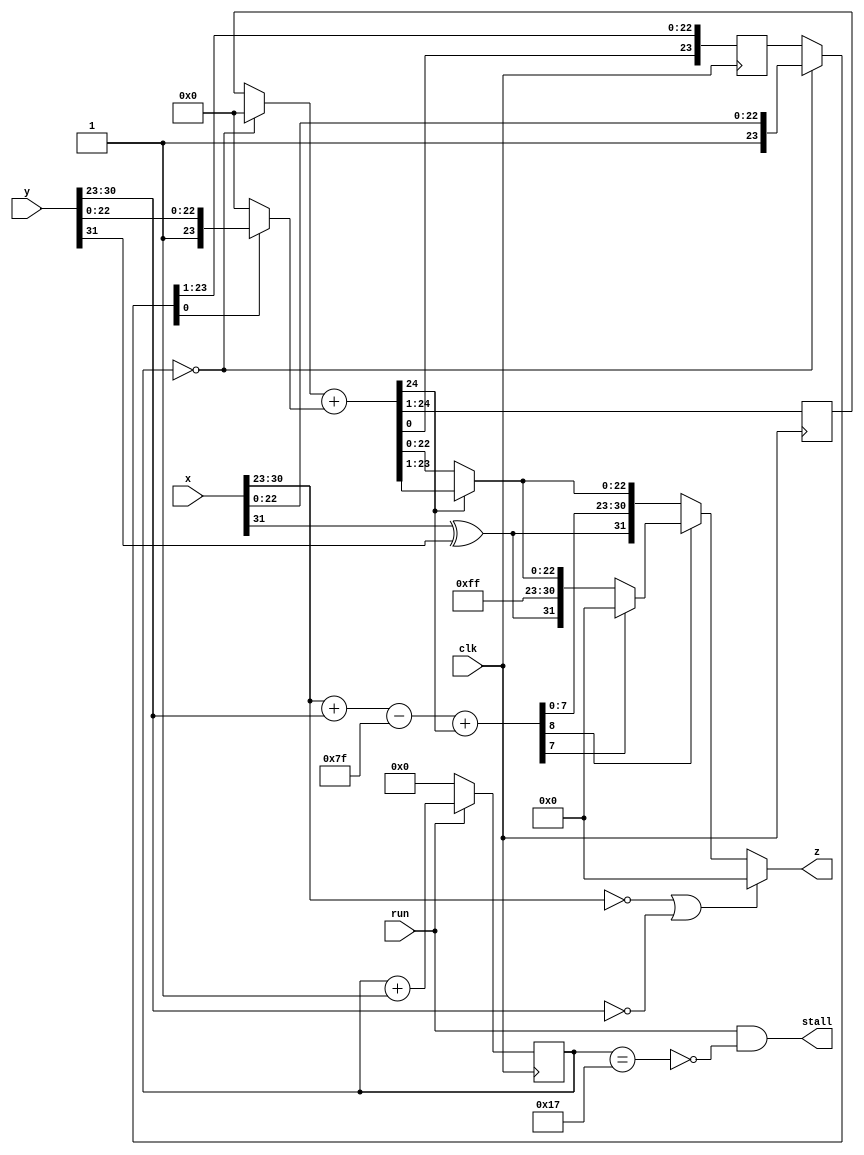
`timescale 1ns / 1ps  // NW 27.2.2011  floating-point for RISC2
module FPMultiplier(
  input clk, run,
  input [31:0] x, y,
  output stall,
  output [31:0] z);

reg [4:0] S;  // state
reg [23:0] B2, A2;

wire sign;
wire [7:0] xe, ye;
wire [8:0] e0, e1;
wire [24:0] B0;
wire [23:0] B00, B01, B1, A1, A0;
wire [23:0] z0;

assign sign = x[31] ^ y[31];
assign xe = x[30:23];
assign ye = y[30:23];
assign e0 = xe + ye;

assign B00 = (S == 0) ? 0 : B2;
assign B01 = A0[0] ? {1'b1, y[22:0]} : 0;
assign B0 = B00 + B01;
assign B1 = B0[24:1];
assign A0 = (S == 0) ? {1'b1, x[22:0]} : A2;
assign A1 = {B0[0], A0[23:1]};

assign e1 = e0 - 127 + B1[23];
assign z0 = B1[23] ? B1 : {B1[22:0], A1[23]};
assign z = (xe == 0) | (ye == 0) ? 0 :
    (~e1[8]) ? {sign, e1[7:0], z0[22:0]} :
    (~e1[7]) ? {sign, 8'b11111111, z0[22:0]} : 0;
assign stall = run & ~(S == 23);

always @ (posedge(clk)) begin
    B2 <= B1; A2 <= A1;
    S <= run ? S+1 : 0;
end
endmodule